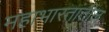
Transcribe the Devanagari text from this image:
महाभारतांतील